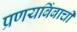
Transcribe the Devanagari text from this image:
प्रणयबिंबाची